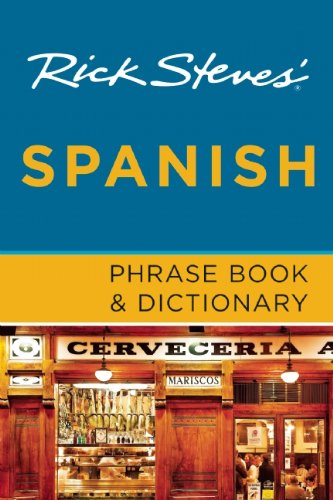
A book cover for Rick Steves' Spanish Phrase Book & Dictionary; Rick Steves; Travel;